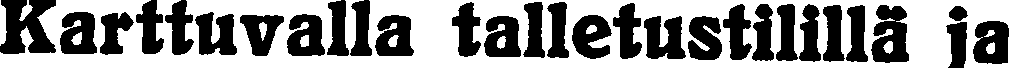
Karttuvalla talletustilillä ja